65_HS1-834228961_62-HQ-83894_Section_6
Agency: FBI
Page 199
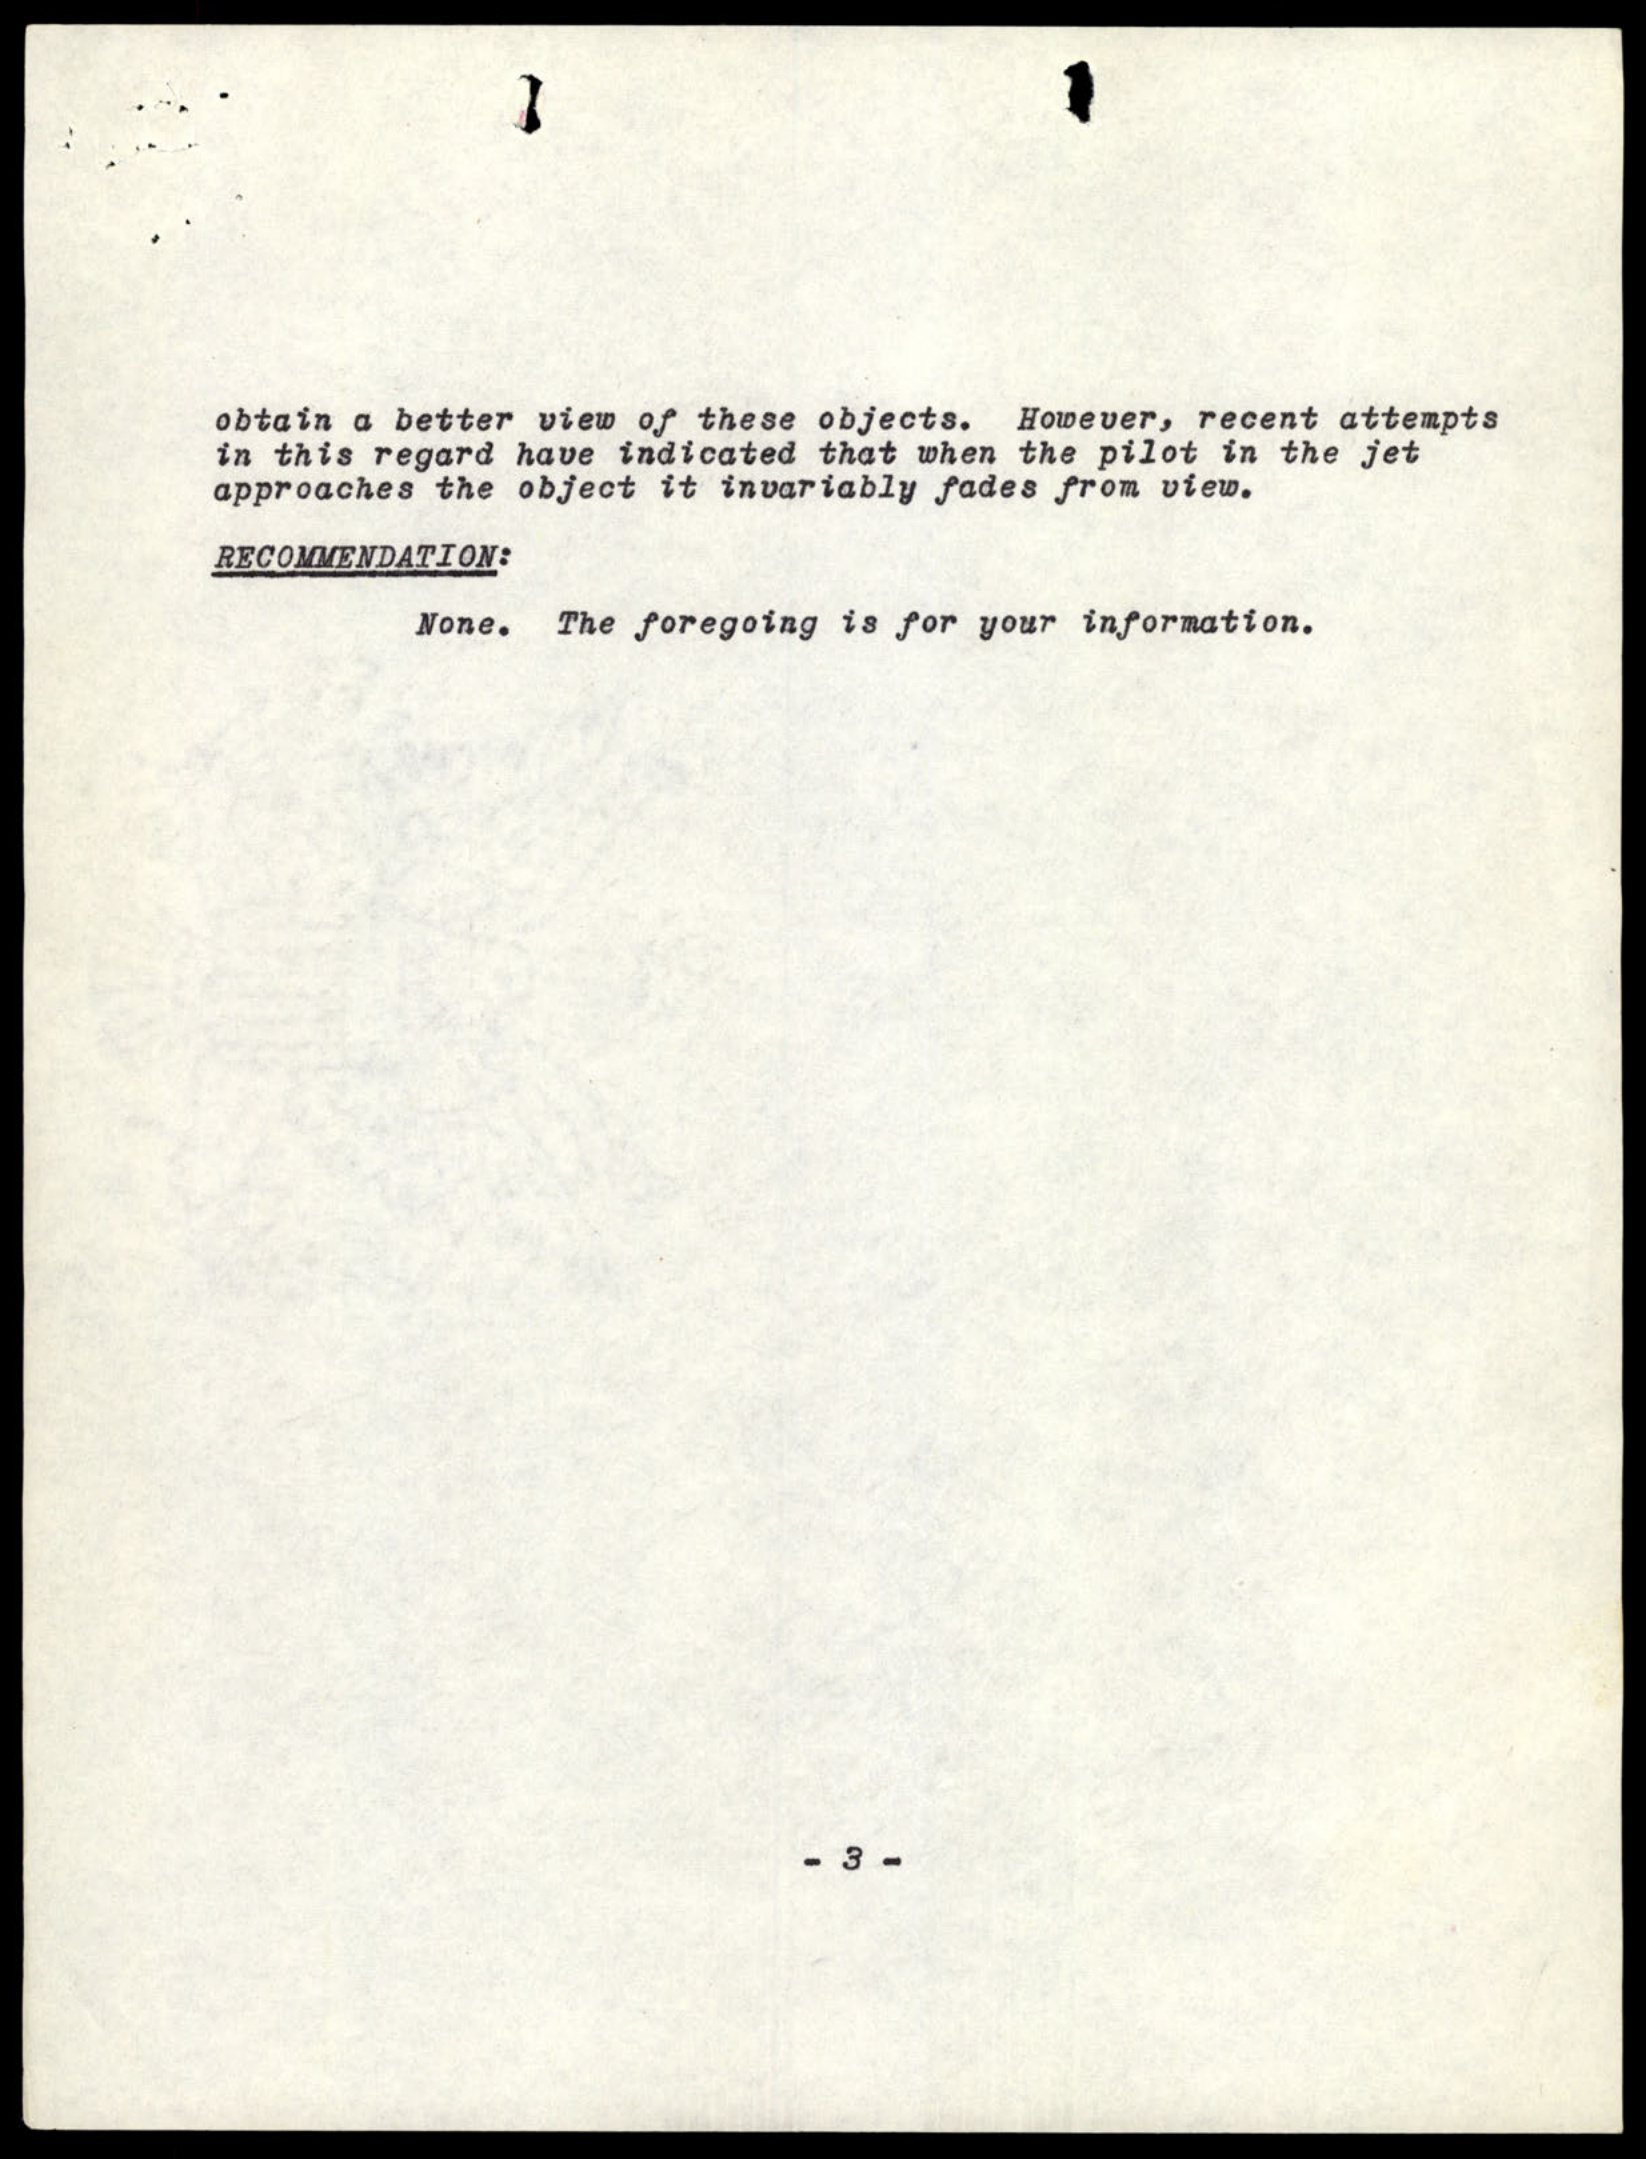